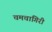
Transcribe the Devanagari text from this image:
चमचागिरी